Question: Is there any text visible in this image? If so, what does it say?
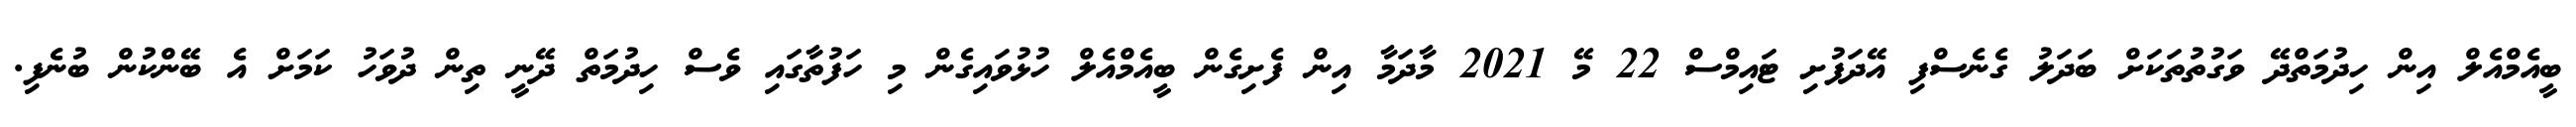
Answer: ބީއެމްއެލް އިން ހިދުމަތްދޭ ވަގުތުތަކަށް ބަދަލު ގެނެސްފި އޭދަފުށި ޓައިމްސް 22 މޭ 2021 މާދަމާ އިން ފެށިގެން ބީއެމްއެލް ހުޅުވައިގެން މި ހަފުތާގައި ވެސް ހިދުމަތް ދޭނީ ތިން ދުވަހު ކަމަށް އެ ބޭންކުން ބުނެފި.